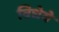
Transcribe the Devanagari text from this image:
विधेये